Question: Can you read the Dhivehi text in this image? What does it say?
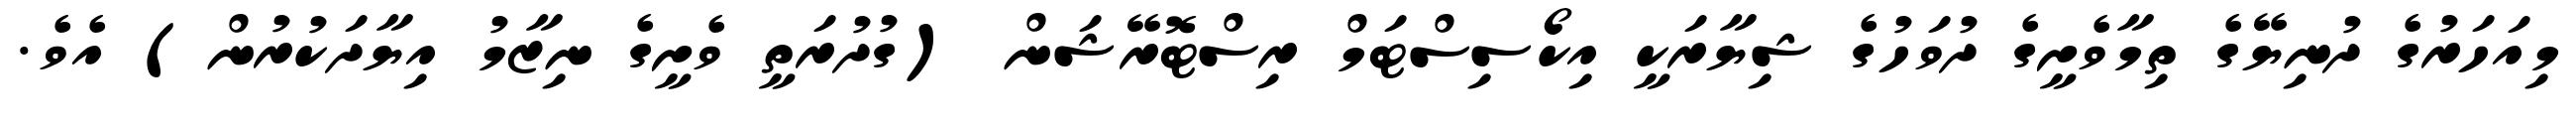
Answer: މިއަހަރުގެ ދުނިޔޭގެ ތިމާވެށީގެ ދުވަހުގެ ޝިޔާރަކީ އިކޯސިސްޓަމް ރިސްޓޮރޭޝަން (ގުދުރަތީ ވެށީގެ ނިޒާމު އިޔާދަކުރުން) އެވެ.